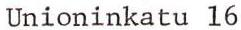
Unioninkatu 16